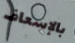
بالإسعاف